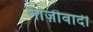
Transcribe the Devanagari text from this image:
नाज़ीवादी